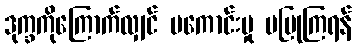
ဒုက္ခကိုကြောက်လျှင် မကောင်းမှု မပြုကြရန်